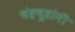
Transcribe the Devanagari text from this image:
चंद्रचूडांनी